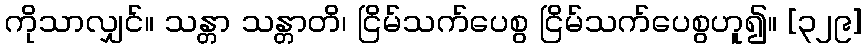
ကိုသာလျှင်။ သန္တာ သန္တာတိ၊ ငြိမ်သက်ပေစွ ငြိမ်သက်ပေစွဟူ၍။ [၃၂၉]